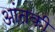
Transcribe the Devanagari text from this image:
आंतकी